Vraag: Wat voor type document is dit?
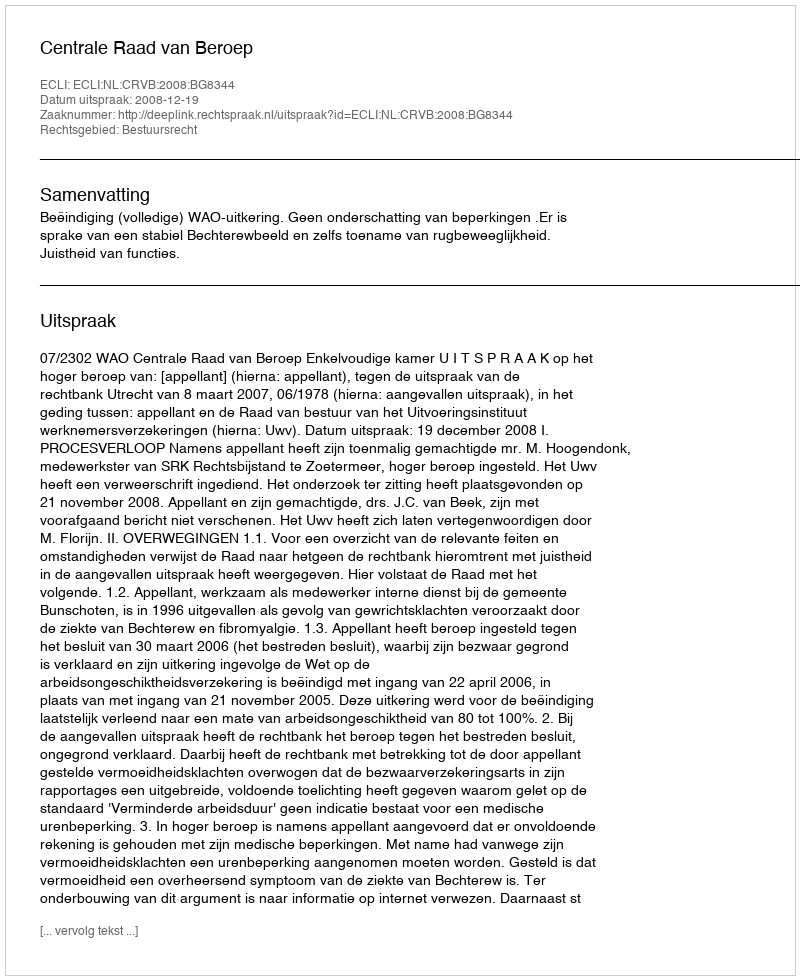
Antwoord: Uitspraak